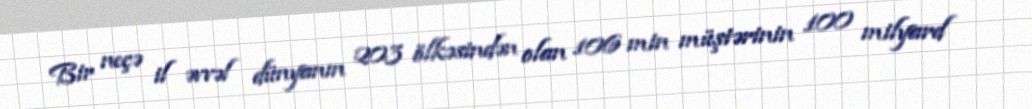
Bir neçə il əvvəl dünyanın 203 ölkəsindən olan 106 min müştərinin 100 milyard